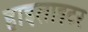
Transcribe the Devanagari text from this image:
हाइलाइटर